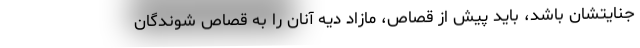
جنایتشان باشد، باید پیش از قصاص، مازاد دیه آنان را به قصاص شوندگان